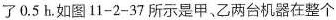
了0.5 h。如图11-2-37所示是甲、乙两台机器在整个